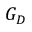
G _ { D }